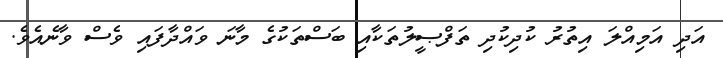
އަދި އަމިއްލަ އިތުރު ކުދިކުދި ތަފްޞީލުތަކާއި ބަސްތަކުގެ މާނަ ވައްދާފައި ވެސް ވާނެއެވެ.